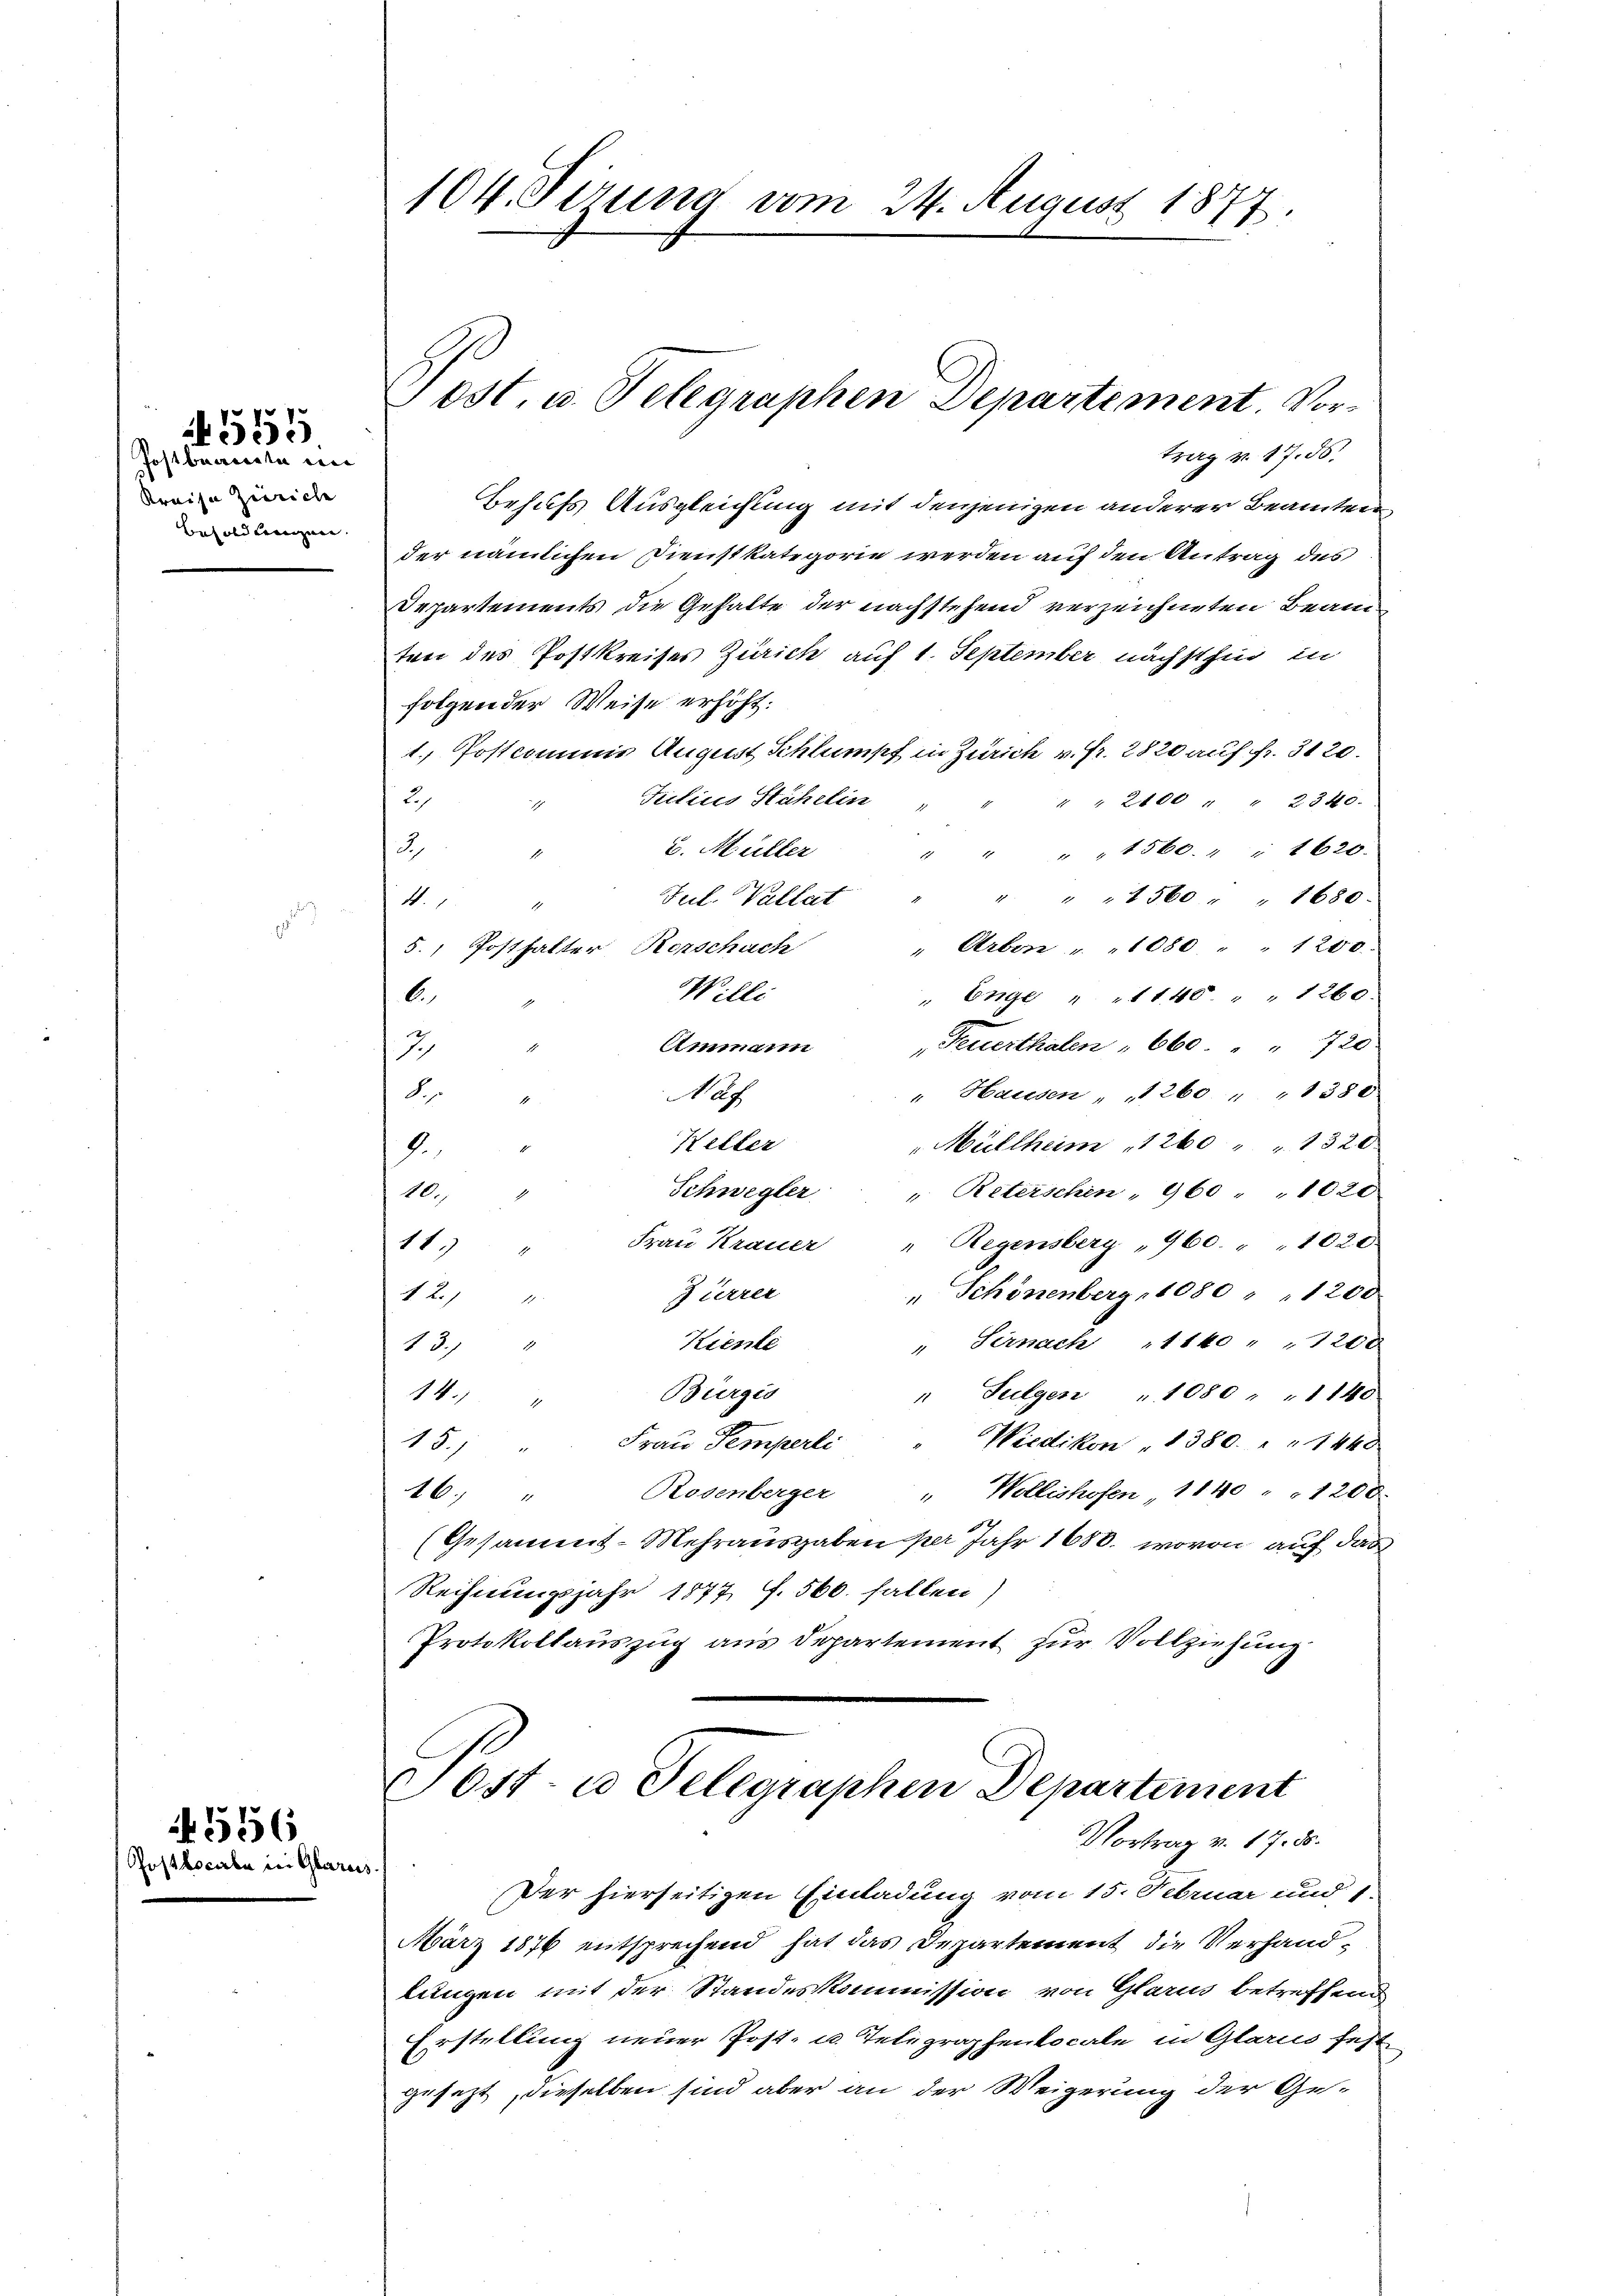
Postbranden in
Kreise Zürich
Besold bereignen. |

555

Postlocirte in Glare

556

104. Sirung vom 24. August 1877.

ost. u. Telegraphen Departement. Vortrag v. 17. ds.

Behufs Ausgleichung mit denjenigen anderer Beamten
der nämlichen Dienstkategorie werden auf den Antrag des
Departements die Gehalte der nachstehend verzeichneten Bean
ten des Postkreises Zürich auf 1. September nächsthin in
folgender Weise erhöht.
1. Postcommis August Schlumpf in Zürich v. Fr. 2820 auf fr. 3120.
Frilius Stähelin
2
2100 " " 2340.
1
u. Müller
2
" " " 1560. " " 1620.
" " " 1560 " " 1680.
Jul. Vallat
4.
" Arben " " 1080 " " 1200
5. Posthalter Kerschach
Willi
Enge " " 1140 1260.
6.
1
Ammann Feuerthalen " 660 " " 720
t
2
" Hausen " " 260 " " 1380
S
Naf
1
Müllheim „1260 " " 1320
Heller
1
.
Schwegler " Reterschen " 960 " " 1020
10.
d
Frau Krauer "Regensberg „960. " " 1020
145
" Schönenberg, 1080 " " 1200
Jürrer
1 21 "
" Sernach "1140 " " 1200
Kiente
13.
Burges
" Sulgen " 1080 " " 1140
14.
Wiedikon " 1380 " " 1440
15.) " Frau Temperli
16.) " Rosenberger " Wollishofen, 1140 " " 1200.
(Gesammt-Mehrausgaben per Jahr 1680. wovon auf das
Rechnungsjahr 1877 f. 560. fallen,
Protokollauszug aus Departement zur Vollziehung

Post- u Gelegraphen Departement
Vortrag v. 17. ds.
Der hierseitigen Einladung vom 15. Februar und 1.

März 1876 entsprechend hat das Departement die Verhandlungen mit der Standeskommission von Glarus betreffend
Erstellung neuer Post- u. Telegraphenlocale in Glarus fest
gesezt, dieselben sind aber an der Weigerung der Ge¬